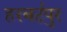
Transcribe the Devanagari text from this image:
हरबर्टपुर